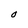
Character: O